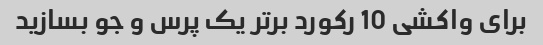
برای واکشی 10 رکورد برتر یک پرس و جو بسازید